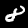
Digit: 8